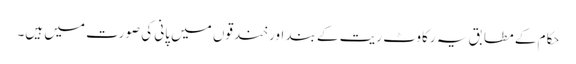
حکام کے مطابق یہ رکاوٹ ریت کے بند اور خندقوں میں پانی کی صورت میں ہیں۔